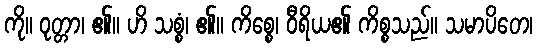
ကို။ ဝုတ္တာ၊ ၏။ ဟိ သစ္စံ၊ ၏။ ကိစ္စေ၊ ဝီရိယ၏ ကိစ္စသည်။ သမာပိတေ၊